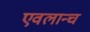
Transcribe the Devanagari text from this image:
एवलान्च